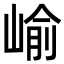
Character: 崳